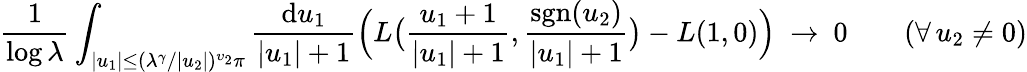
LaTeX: \frac{1}{\log\lambda}\int_{|u_{1}|\le(\lambda^{\gamma}/|u_{2}|)^{\upsilon_{2}}\pi}\frac{\mathrm du_{1}}{|u_{1}|+1}\Big(L\big(\frac{u_{1}+1}{|u_{1}|+1},\frac{\mathrm{sgn}(u_{2})}{|u_{1}|+1}\big)-L(1,0)\Big)\ \to\ 0\qquad(\forall\, u_{2}\ne 0)